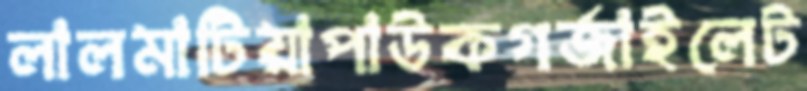
লালমাটিয়াপাউকগর্‌জাইলেট